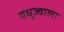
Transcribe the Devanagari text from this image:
मधुज्वाला